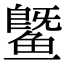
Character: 𬶨